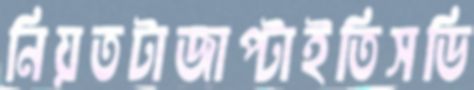
নিয়তটাজাপ্‌টাইতিসডি